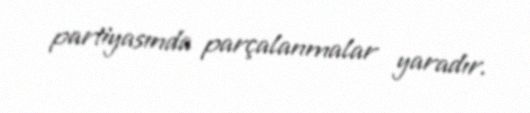
partiyasında parçalanmalar yaradır.